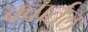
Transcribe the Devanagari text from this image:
क्वार्तल